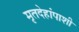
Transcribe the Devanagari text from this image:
मृतदेहांपाशी